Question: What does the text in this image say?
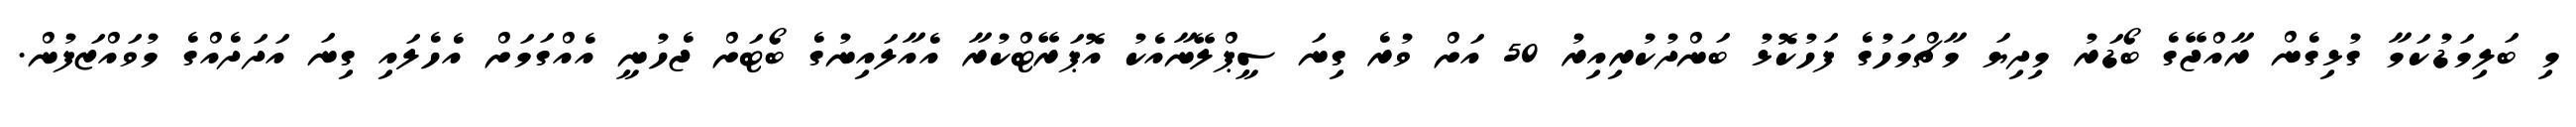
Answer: މި ބަލިމަޑުކަމާ ގުޅިގެން ރާއްޖޭގެ ބޯޑަރު މިދިޔަ މާޗްމަހުގެ ފަހުކޮޅު ބަންދުކުރިއިރު 50 އަށް ވުރެ ގިނަ ސީޕްލޭނާއެކު އޮޕަރޭޓްކުރާ އެއާލައިނުގެ ބޯޓަށް ޖެހުނީ އެއްގަމަށް އެހެލައި ގިނަ އަދަދެއްގެ މުވައްޒަފުން.